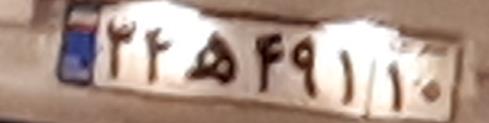
۳۴ه۴۹۱۱۰